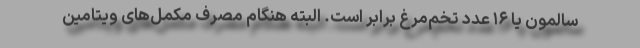
سالمون یا ۱۶ عدد تخم‌مرغ برابر است. البته هنگام مصرف مکمل‌های ویتامین